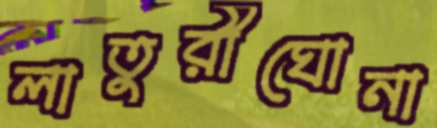
লাতুরীঘোনা